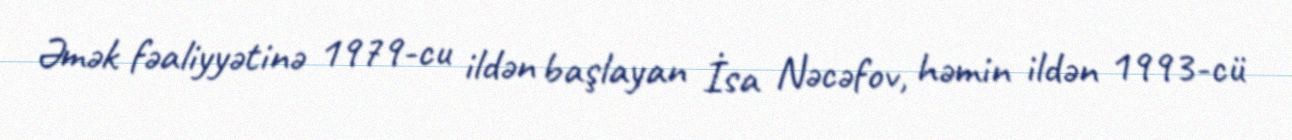
Əmək fəaliyyətinə 1979-cu ildən başlayan İsa Nəcəfov, həmin ildən 1993-cü